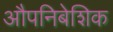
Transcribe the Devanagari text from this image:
औपनिबेशिक